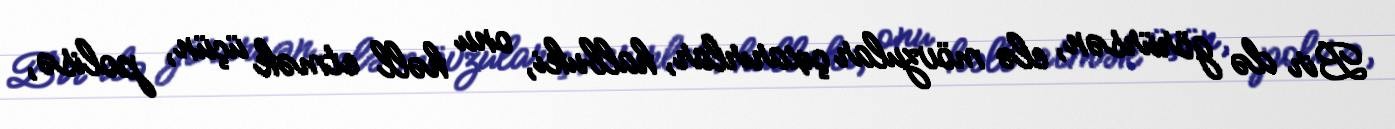
Bir də görürsən, elə mövzular çıxarırlar, halbuki, onu həll etmək üçün, polisə,